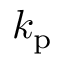
k _ { \mathrm { p } }